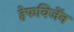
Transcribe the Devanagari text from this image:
हेफविजेंन